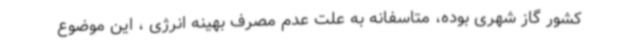
کشور گاز شهری بوده، متاسفانه به علت عدم مصرف بهینه انرژی ، این موضوع